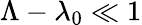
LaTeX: \Lambda-\lambda_{0}\ll 1